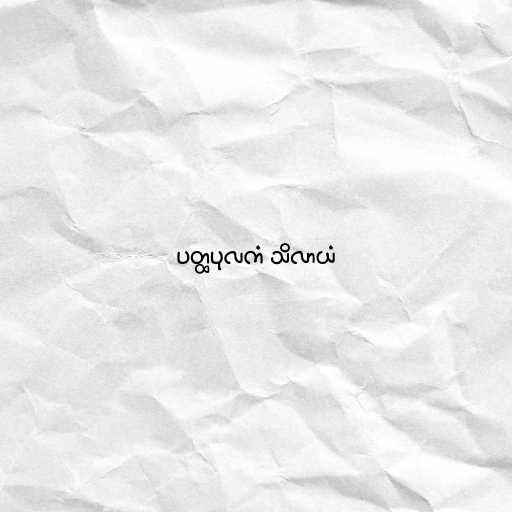
ပတ္ထပုလကံ သိလာယံ